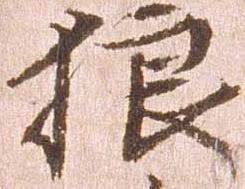
狼